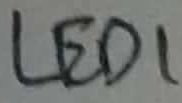
Text: LED1